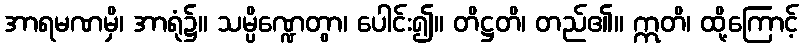
အာရမဏမှိ၊ အာရုံ၌။ သမ္ပိဏ္ဍေတွာ၊ ပေါင်း၍။ တိဋ္ဌတိ၊ တည်၏။ ဣတိ၊ ထို့ကြောင့်